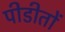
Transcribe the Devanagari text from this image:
पीडीतों